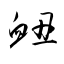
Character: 衄